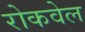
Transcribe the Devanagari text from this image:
रोकवेल